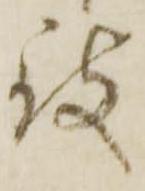
被